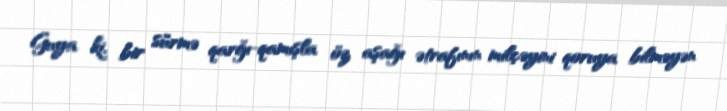
Guya ki, bir sürmə qarğı-qamışla öz aşağı ətrafının milçəyini qoruya bilməyən